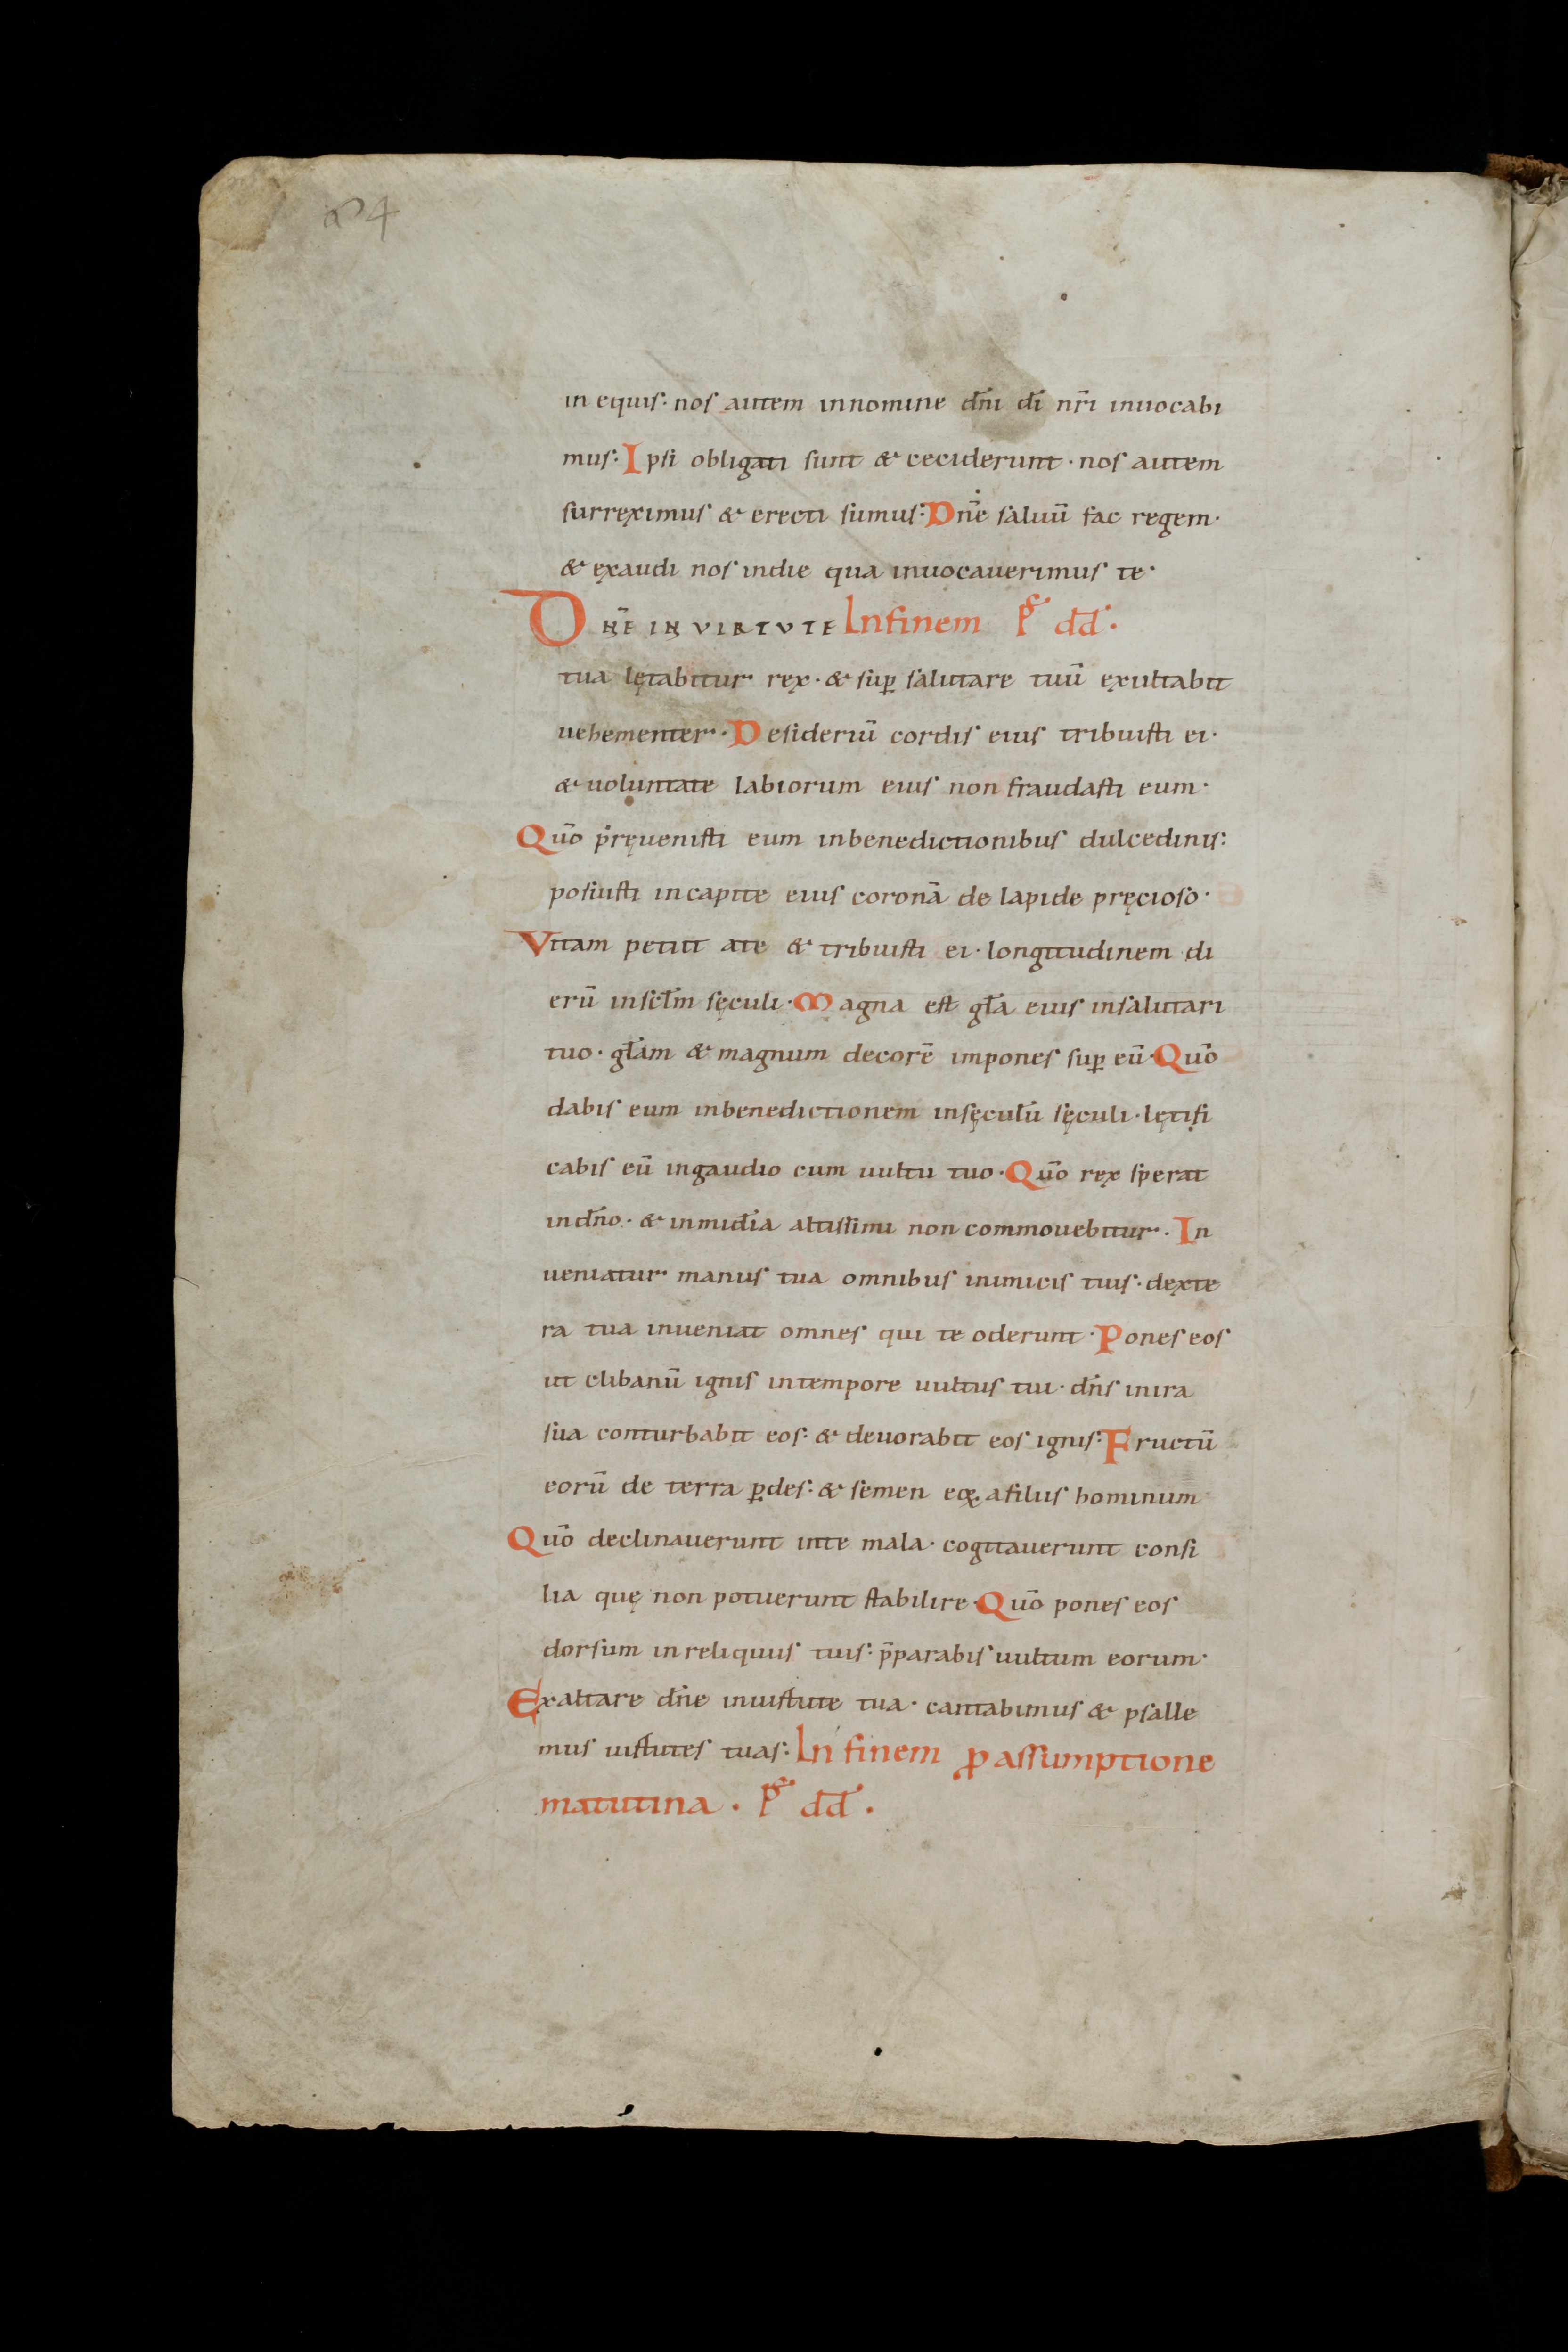
Shelfmark: St. Gallen, Stiftsbibliothek, Cod. Sang. 18
Century: 10